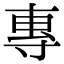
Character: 專